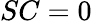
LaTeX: SC=0